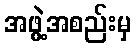
အဖွဲ့အစည်းမှ